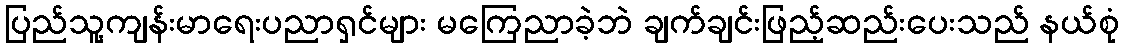
ပြည်သူ့ကျန်းမာရေးပညာရှင်များ မကြေညာခဲ့ဘဲ ချက်ချင်းဖြည့်ဆည်းပေးသည် နယ်စုံ